Annual report of the Imperial Bacteriologist
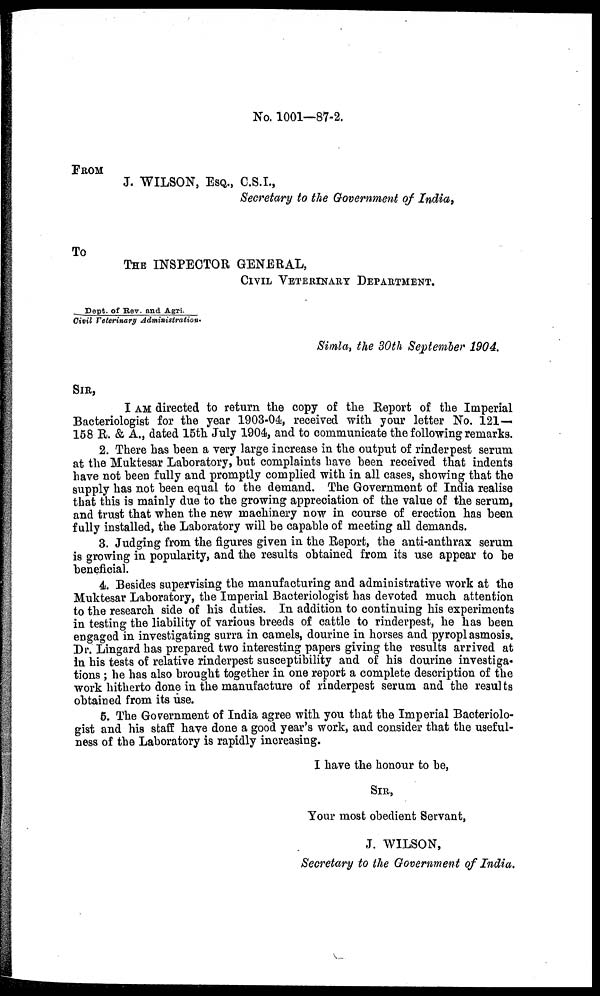
No. 1001—87-2.
FROM
J. WILSON, ESQ., C.S.I.,
Secretary to the Government of India,
To
THE INSPECTOR GENERAL,
CIVIL VETERINARY DEPARTMENT.
Dept.
of Rev. and Agri.
Civil Veterinary Administration.
Simla, the 30th September 1904.
SIR,
I AM directed to return the copy of the Report of the Imperial
Bacteriologist for the year 1903-04, received with your letter No. 121—
158 R. & A., dated 15th July 1904, and to communicate the following remarks.
2. There has been a very large increase in the output of rinderpest serum
at the Muktesar Laboratory, but complaints have been received that indents
have not been fully and promptly complied with in all cases, showing that the
supply has not been equal to the demand. The Government of India realise
that this is mainly due to the growing appreciation of the value of the serum,
and trust that when the new machinery now in course of erection has been
fully installed, the Laboratory will be capable of meeting all demands.
3. Judging from the figures given in the Report, the anti-anthrax serum
is growing in popularity, and the results obtained from its use appear to be
beneficial.
4. Besides supervising the manufacturing and administrative work at the
Muktesar Laboratory, the Imperial Bacteriologist has devoted much attention
to the research side of his duties. In addition to continuing his experiments
in testing the liability of various breeds of cattle to rinderpest, he has been
engaged in investigating surra in camels, dourine in horses and pyroplasmosis.
Dr. Lingard has prepared two interesting papers giving the results arrived at
in his tests of relative rinderpest susceptibility and of his dourine investiga-
tions ; he has also brought together in one report a complete description of the
work hitherto done in the manufacture of rinderpest serum and the results
obtained from its use.
5. The Government of India agree with you that the Imperial Bacteriolo-
gist and his staff have done a good year's work, and consider that the useful-
ness of the Laboratory is rapidly increasing.
I have the honour to be,
SIR,
Your most obedient Servant,
J. WILSON,
Secretary to the Government of India.